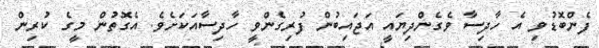
ފެންބޮޑުވި އެ ހާދިސާ ވެގެންދިޔައީ އަޖައިބުން ފުރިގެންވީ ހާދިސާއަކަށެވެ. އެގޮތުން މީގެ ކުރިން